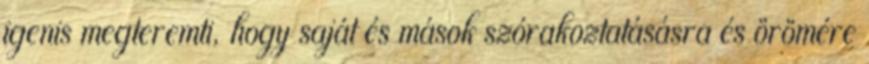
igenis megteremti, hogy saját és mások szórakoztatásásra és örömére